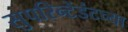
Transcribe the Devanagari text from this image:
सुपरिन्टेंडंटच्या